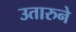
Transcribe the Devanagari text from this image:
उतारुने